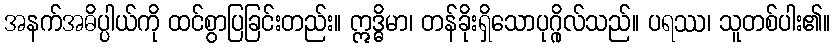
အနက်အဓိပ္ပါယ်ကို ထင်စွာပြခြင်းတည်း။ ဣဒ္ဓိမာ၊ တန်ခိုးရှိသောပုဂ္ဂိုလ်သည်။ ပရဿ၊ သူတစ်ပါး၏။